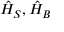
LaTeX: { \hat { H } } _ { S } , { \hat { H } } _ { B }